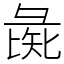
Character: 彘